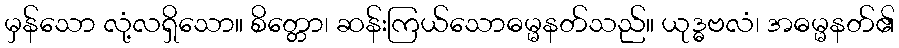
မှန်သော လုံ့လရှိသော။ စိတ္တော၊ ဆန်းကြယ်သောဓမ္မနတ်သည်။ ယုဒ္ဓဗလံ၊ အဓမ္မနတ်၏